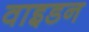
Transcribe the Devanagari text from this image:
वाइडन